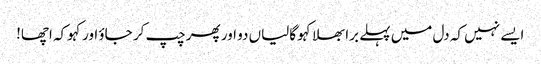
ایسے نہیں کہ دل میں پہلے برا بھلا کہو گالیاں دو اور پھر چپ کر جاؤ اور کہوکہ اچھا!